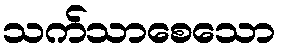
သက်သာစေသော